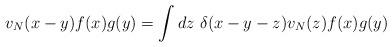
LaTeX: \begin{align*}v_N(x-y)f(x)g(y) = \int dz\ \delta(x-y-z) v_N(z) f(x)g(y)\end{align*}